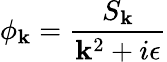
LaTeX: \phi_{\mathbf{k}}={\frac{{S_{\mathbf{k}}}}{{\mathbf{k}^{2}+i\epsilon}}}